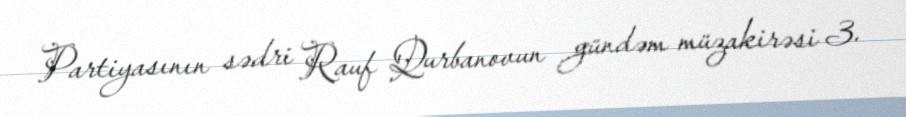
Partiyasının sədri Rauf Qurbanovun gündəm müzakirəsi 3.